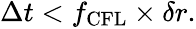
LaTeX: \begin{array}{r}{\Delta t<f_{\mathrm{CFL}}\times\delta r.}\end{array}